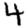
Digit: 4